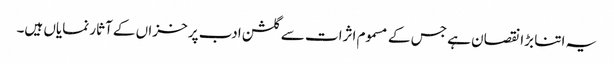
یہ اتنا بڑا نقصان ہے جس کے مسموم اثرات سے گلشن ادب پر خزاں کے آثار نمایاں ہیں۔